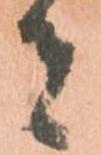
者